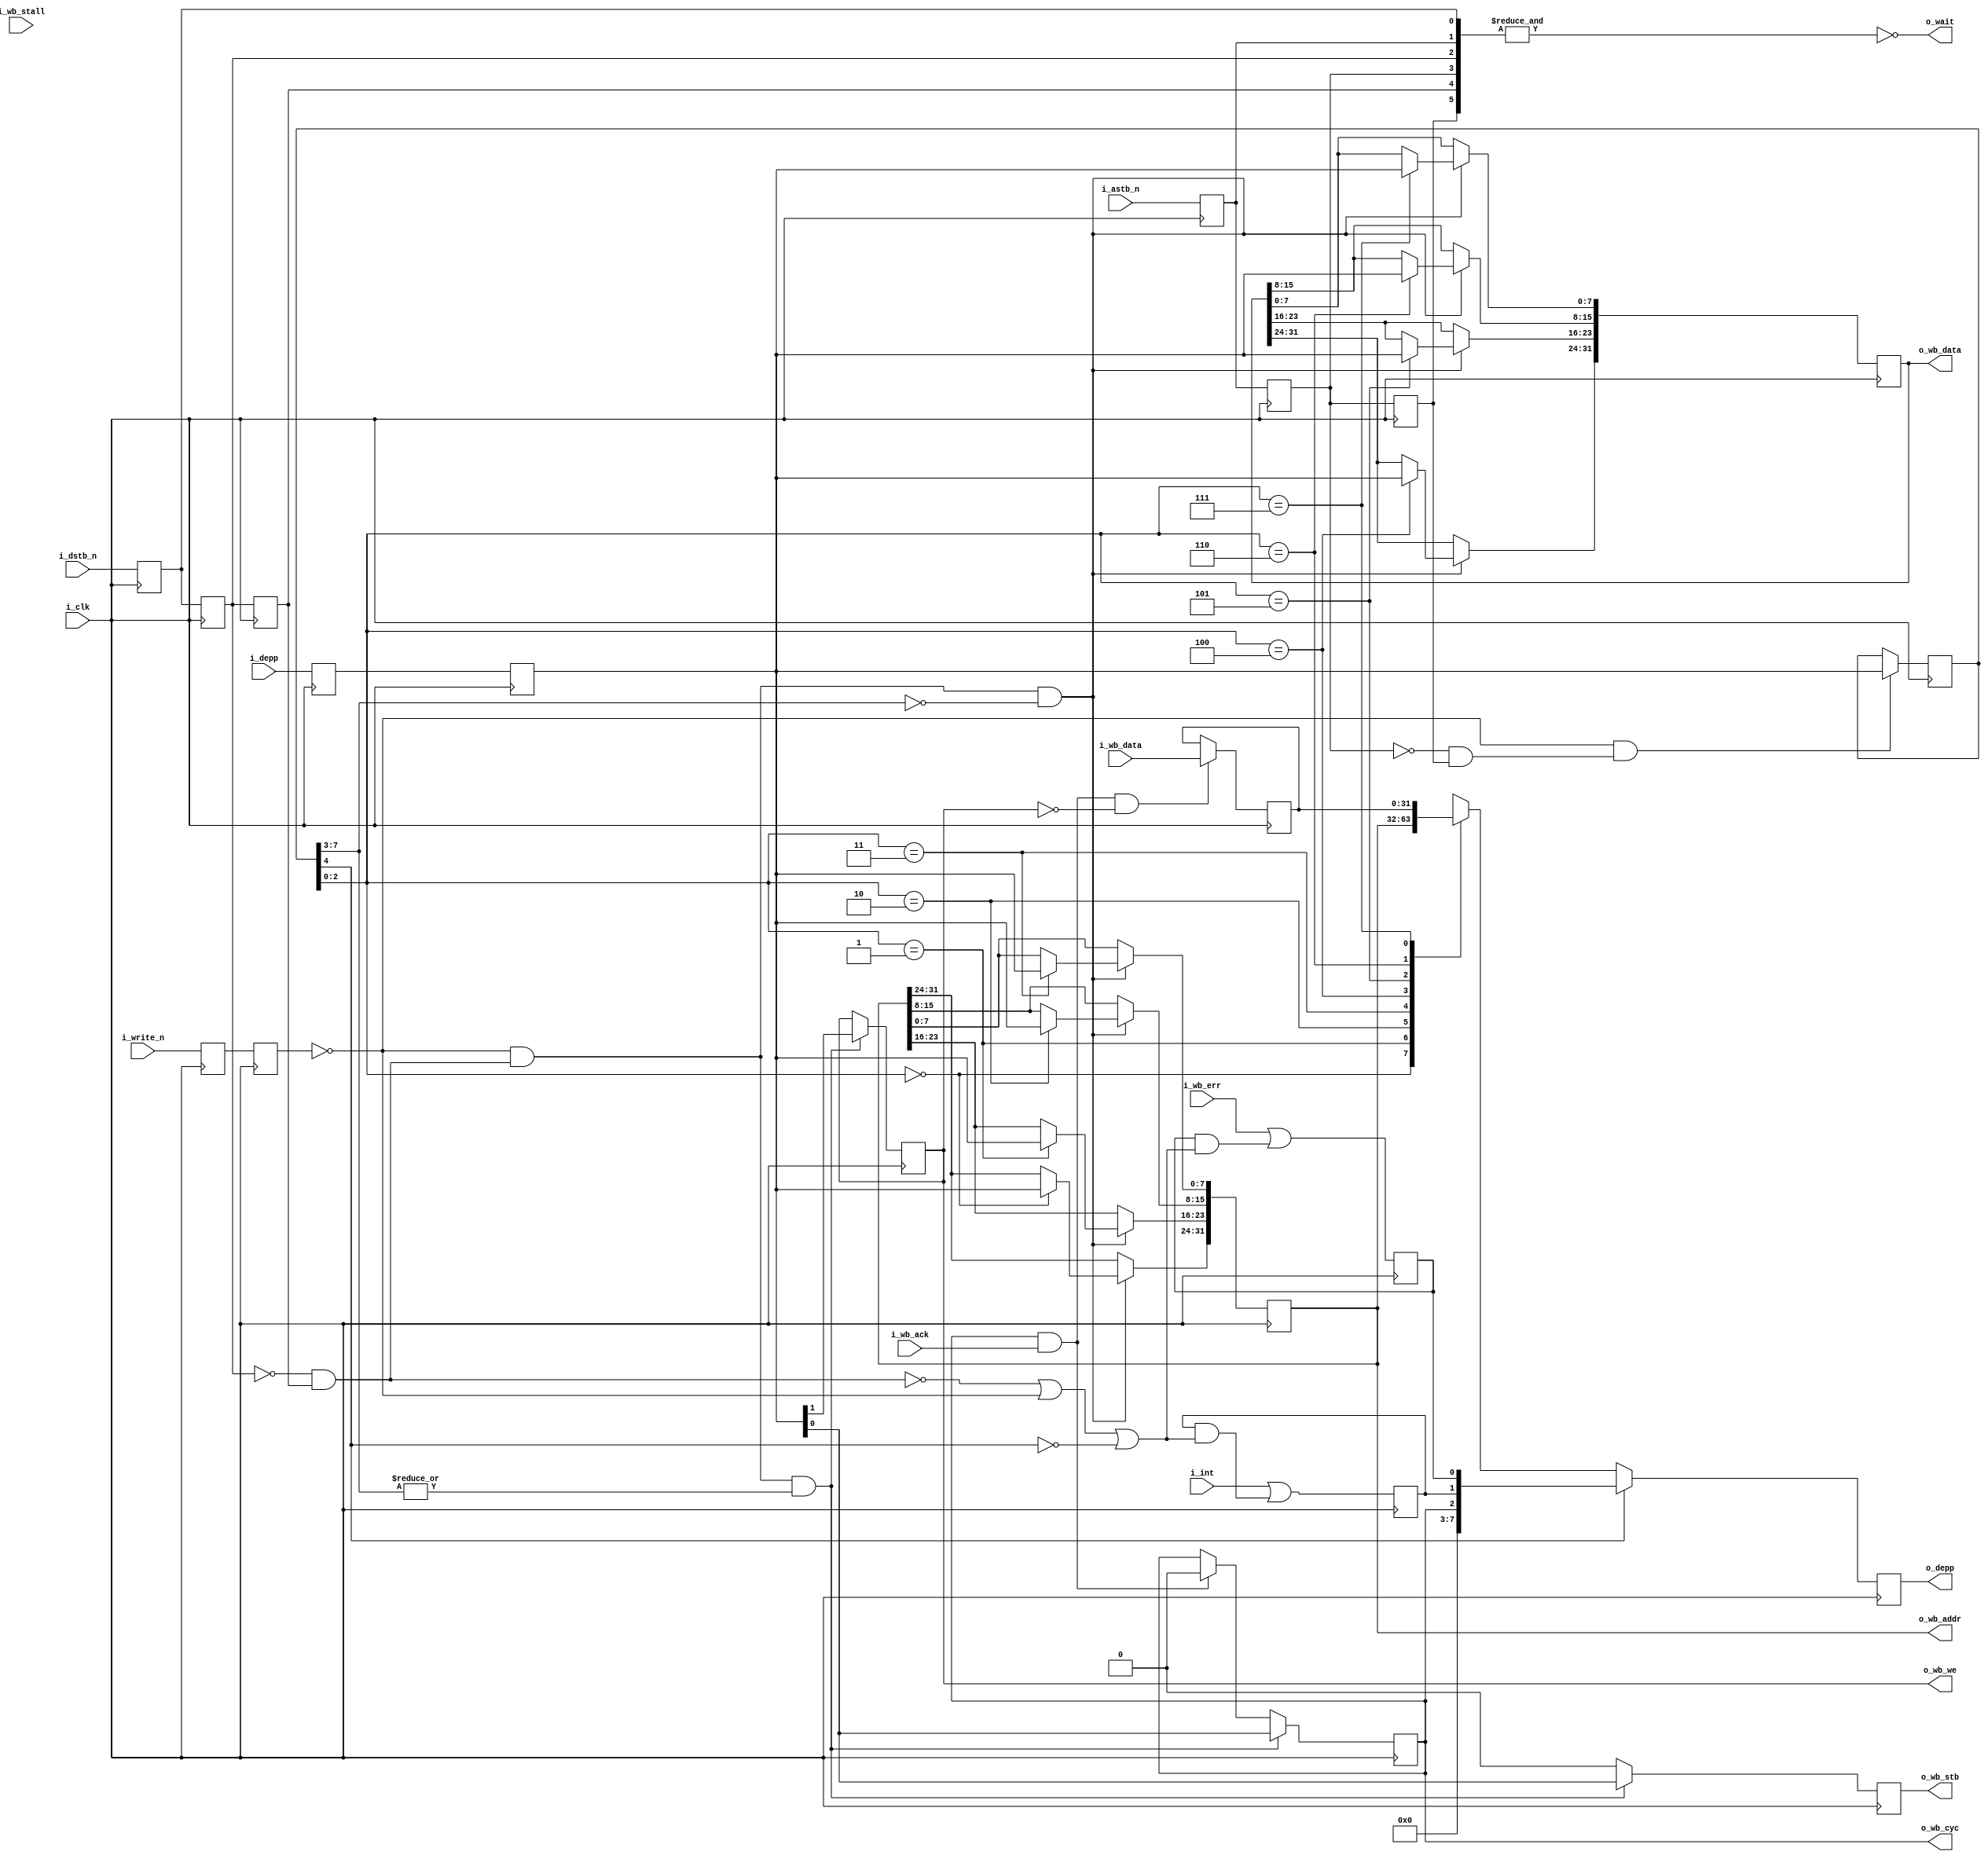
////////////////////////////////////////////////////////////////////////////////
//
//
// Project:	CMod S6 System on a Chip, ZipCPU demonstration project
//
// Purpose:	This is a very simple DEPP to Wishbone driver.  It cannot handle
//		pipeline reads or writes, it cannot compress anything being
//	transmitted, however it can read/write a 32-bit wishbone bus with a 
//	proper software driver.
//
// Creator:	Dan Gisselquist, Ph.D.
//		Gisselquist Technology, LLC
//
////////////////////////////////////////////////////////////////////////////////
//
// Copyright (C) 2015-2016, Gisselquist Technology, LLC
//
// This program is free software (firmware): you can redistribute it and/or
// modify it under the terms of  the GNU General Public License as published
// by the Free Software Foundation, either version 3 of the License, or (at
// your option) any later version.
//
// This program is distributed in the hope that it will be useful, but WITHOUT
// ANY WARRANTY; without even the implied warranty of MERCHANTIBILITY or
// FITNESS FOR A PARTICULAR PURPOSE.  See the GNU General Public License
// for more details.
//
// You should have received a copy of the GNU General Public License along
// with this program.  (It's in the $(ROOT)/doc directory, run make with no
// target there if the PDF file isn't present.)  If not, see
// <http://www.gnu.org/licenses/> for a copy.
//
// License:	GPL, v3, as defined and found on www.gnu.org,
//		http://www.gnu.org/licenses/gpl.html
//
//
////////////////////////////////////////////////////////////////////////////////
//
//
module wbdeppsimple(i_clk,
	i_astb_n, i_dstb_n, i_write_n,i_depp, o_depp, o_wait,
	o_wb_cyc, o_wb_stb, o_wb_we, o_wb_addr, o_wb_data,
		i_wb_ack, i_wb_stall, i_wb_err, i_wb_data, i_int);
	input	i_clk;
	// DEPP interface
	input			i_astb_n, i_dstb_n, i_write_n;
	input		[7:0]	i_depp;
	output	reg	[7:0]	o_depp;
	output	wire		o_wait;
	// Wishbone master interface
	output	reg	o_wb_cyc, o_wb_stb, o_wb_we;
	output	reg	[31:0]	o_wb_addr, o_wb_data;
	input			i_wb_ack, i_wb_stall, i_wb_err;
	input		[31:0]	i_wb_data;
	input			i_int;

	// Synchronize the incoming signals
	reg	x_dstb_n, x_astb_n, x_write_n,
		r_dstb_n, r_astb_n, r_write_n,
		l_dstb_n, l_astb_n;
	reg	[7:0]	x_depp, r_depp;
	initial	x_dstb_n = 1'b1;
	initial	r_dstb_n = 1'b1;
	initial	l_dstb_n = 1'b1;
	initial	x_astb_n = 1'b1;
	initial	r_astb_n = 1'b1;
	initial	l_astb_n = 1'b1;
	always @(posedge i_clk)
	begin
		{ x_dstb_n, x_astb_n, x_write_n, x_depp }
			<= { i_dstb_n, i_astb_n, i_write_n, i_depp };
		{ r_dstb_n, r_astb_n, r_write_n, r_depp }
			<= { x_dstb_n, x_astb_n, x_write_n, x_depp };
		{ l_dstb_n, l_astb_n } <= { r_dstb_n, r_astb_n };
	end

	wire	w_wait;
	assign	w_wait = ~(&{x_dstb_n, x_astb_n,
				r_dstb_n, r_astb_n,
				l_dstb_n, l_astb_n});

	reg	[7:0]	addr;
	reg	[31:0]	r_data;

	wire	astb, dstb, w_write;
	assign	astb = (~r_astb_n)&&(l_astb_n);
	assign	dstb = (~r_dstb_n)&&(l_dstb_n);
	assign	w_write= (~r_write_n);

	initial	o_wb_cyc = 1'b0;
	initial	o_wb_stb = 1'b0;
	initial	addr = 8'h00;
	always @(posedge i_clk)
	begin
		if ((w_write)&&(astb))
			addr <= r_depp;

		if ((w_write)&&(dstb)&&(addr[7:3]==5'h00))
		begin
			case(addr[2:0])
			//
			3'b000: o_wb_addr[31:24] <= r_depp;
			3'b001: o_wb_addr[23:16] <= r_depp;
			3'b010: o_wb_addr[15: 8] <= r_depp;
			3'b011: o_wb_addr[ 7: 0] <= r_depp;
			//
			3'b100: o_wb_data[31:24] <= r_depp;
			3'b101: o_wb_data[23:16] <= r_depp;
			3'b110: o_wb_data[15: 8] <= r_depp;
			3'b111: o_wb_data[ 7: 0] <= r_depp;
			//
			endcase
		end
		if ((o_wb_cyc)&&(i_wb_ack)&&(~o_wb_we))
			r_data <= i_wb_data;

		// Direct BUS control
		if ((w_write)&&(dstb)&&(|addr[7:3]))
		begin
			o_wb_cyc <= r_depp[0];
			o_wb_stb <= r_depp[0];
			o_wb_we  <= r_depp[1];
		end else begin
			o_wb_stb <= 1'b0;
			if ((o_wb_cyc)&&(i_wb_ack))
				o_wb_cyc <= 1'b0;
		end
	end

	assign	o_wait = (w_wait);

	reg	r_int, r_err;
	initial	r_int = 1'b0;
	initial	r_err = 1'b0;
	always @(posedge i_clk)
	begin
		if (addr[4])
			o_depp <= { 5'h0, o_wb_cyc, r_int, r_err };
		else case(addr[2:0])
		3'b000: o_depp <= o_wb_addr[31:24];
		3'b001: o_depp <= o_wb_addr[23:16];
		3'b010: o_depp <= o_wb_addr[15: 8];
		3'b011: o_depp <= o_wb_addr[ 7: 0];
		3'b100: o_depp <= r_data[31:24];
		3'b101: o_depp <= r_data[23:16];
		3'b110: o_depp <= r_data[15: 8];
		3'b111: o_depp <= r_data[ 7: 0];
		endcase

		r_int <= (i_int)   ||((r_int)&&((~dstb)||(w_write)||(~addr[4])));
		r_err <= (i_wb_err)||((r_err)&&((~dstb)||(w_write)||(~addr[4])));
	end

endmodule